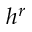
h ^ { r }